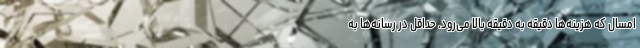
امسال که هزینه‌ها دقیقه به دقیقه بالا می‌رود. حداقل در رسانه‌ها به